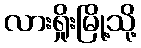
လားရှိုးမြို့သို့